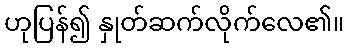
ဟုပြန်၍ နှုတ်ဆက်လိုက်လေ၏။